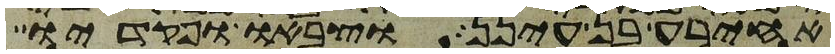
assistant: אחירע בן עינן וצבאו ופקדיו